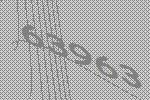
63963